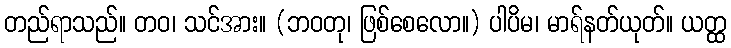
တည်ရာသည်။ တဝ၊ သင်အား။ (ဘဝတု၊ ဖြစ်စေလော။) ပါပိမ၊ မာရ်နတ်ယုတ်။ ယတ္ထ